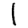
Digit: 1